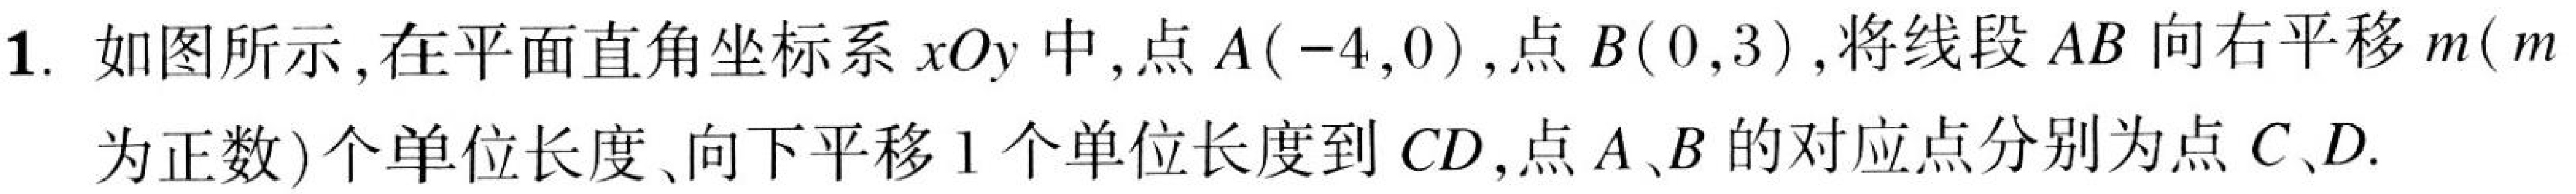
1. 如图所示，在平面直角坐标系 \(xOy\) 中，点 \(A(-4,0)\)，点 \(B(0,3)\)，将线段 \(AB\) 向右平移 \(m(m\) 为正数\()\) 个单位长度、向下平移 \(1\) 个单位长度到 \(CD\)，点 \(A、B\) 的对应点分别为点 \(C、D\).